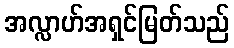
အလ္လာဟ်အရှင်မြတ်သည်